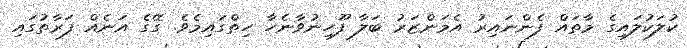
ކުލަކުލައިގެ މާތައް ފެންނައިރު އެމަންޒަރު ބަލާ ފޫހިނުވާނެހާ ހިތްގައިމެވެ. ގޭގެ އަނެއް ފަރާތުގައި